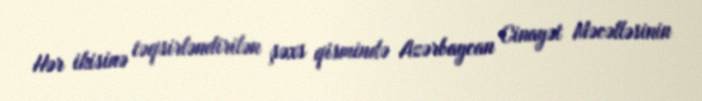
Hər ikisinə təqsirləndirilən şəxs qismində Azərbaycan Cinayət Məcəlləsinin